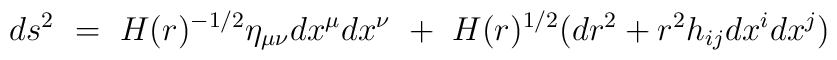
ds^2~ =~ H(r)^{-1/2}\eta_{\mu\nu}dx^{\mu}dx^{\nu}~+~H(r)^{1/2}(dr^2+r^2h_{ij}dx^idx^j)